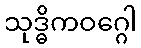
သုဒ္ဓိကဝဂ္ဂေါ